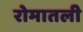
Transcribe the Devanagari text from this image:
रोमातली